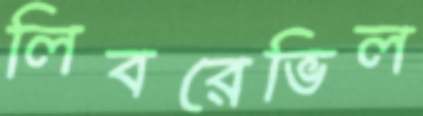
লিবরেভিল